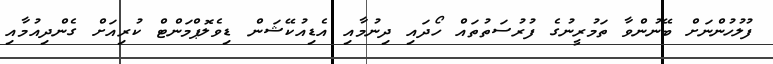
ފުލުހުންނަށް ބޭނުންވާ ތަމުރީނުގެ ފުރުސަތުތައް ހޯދައި ދިނުމާއި އެޑިއުކޭޝަން ޑިވެލޮޕްމަންޓް ކުރިއަށް ގެންދިއުމާއި